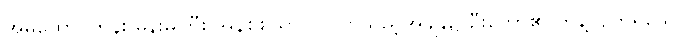
အိမ်ထောင်ထိန်း မိန်းမကြီး အနစ်စယာ ဝင်လာသည့်အချိန်၌ ဦးတော်၏ တွန့်လျက်ရှိသော